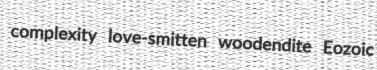
complexity love-smitten woodendite Eozoic